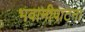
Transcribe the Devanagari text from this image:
भवानीपाटना